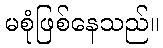
မစုံဖြစ်နေသည်။